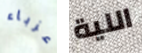
عزباء اللية